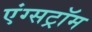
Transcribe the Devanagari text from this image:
एंग्सट्रॉम